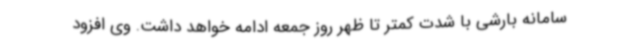
سامانه بارشی با شدت کمتر تا ظهر روز جمعه ادامه خواهد داشت. وی افزود